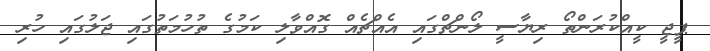
ޕީޖީ ކީއްކުރަންތޯ ރިޔާސީ ލޯންޗްގައި އެއްޗެއް ގޮއްވާލި ކަމުގެ ތުހުމަތުގައި ޖަލުގައި ހުރި